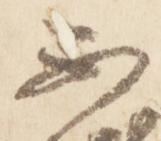
不